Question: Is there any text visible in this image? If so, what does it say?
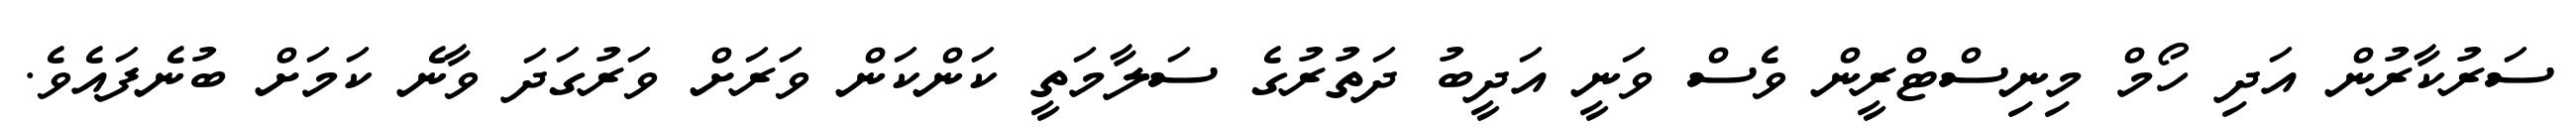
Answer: ސަރުކާރުން އަދި ހޯމް މިނިސްޓްރީން ވެސް ވަނީ އަދީބު ދަތުރުގެ ސަލާމަތީ ކަންކަން ވަރަށް ވަރުގަދަ ވާނެ ކަމަށް ބުނެފައެވެ.